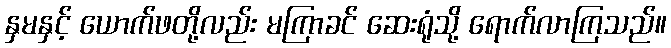
နှမနှင့် ယောက်ဖတို့လည်း မကြာခင် ဆေးရုံသို့ ရောက်လာကြသည်။